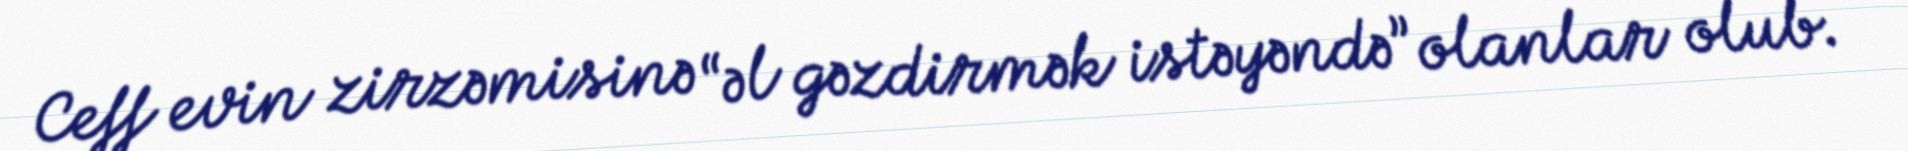
Ceff evin zirzəmisinə “əl gəzdirmək istəyəndə” olanlar olub.